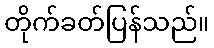
တိုက်ခတ်ပြန်သည်။